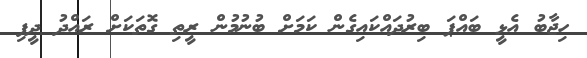
ހިޖާބު އެޅީ ބައްޕަ ބިރުދައްކައިގެން ކަމަށް ބުނުމުން ރީތި ގޮތަކަށް ރައްދު ދީފި